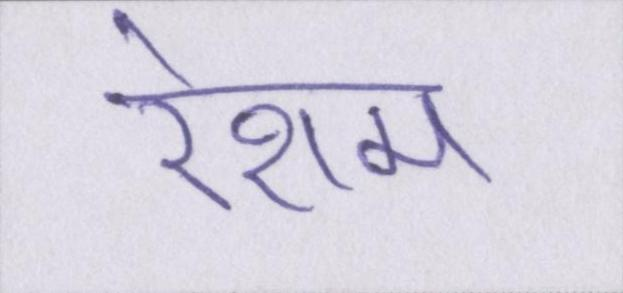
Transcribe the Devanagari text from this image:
रेशम